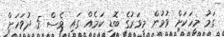
ގަމު މީހަކަށް ވުމުން މިވަރުގެ ބޮޑި ކަމެއް ގައި ވެސް 5 ދުވަހަށް